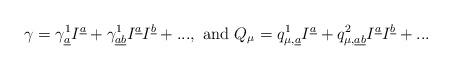
LaTeX: \begin{align*}\gamma = \gamma _{\underline{a}}^1I^{\underline{a}}+\gamma _{\underline{a} \underline{b}}^1I^{\underline{a}}I^{\underline{b}}+..., \mbox{ and } Q_\mu = q_{\mu ,\underline{a}}^1I^{\underline{a}}+q_{\mu ,\underline{a} \underline{b}}^2I^{\underline{a}}I^{\underline{b}}+...\end{align*}